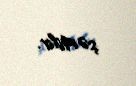
şərtdir.